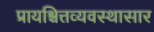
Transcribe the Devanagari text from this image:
प्रायश्चित्तव्यवस्थासार